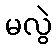
မလွဲ